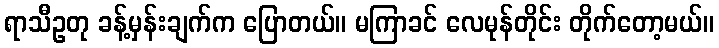
ရာသီဥတု ခန့်မှန်းချက်က ပြောတယ်။ မကြာခင် လေမုန်တိုင်း တိုက်တော့မယ်။